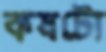
কষটো